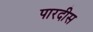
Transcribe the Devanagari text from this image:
पारदीस